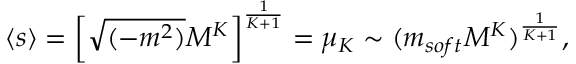
\langle s \rangle = \left[ \sqrt { ( - m ^ { 2 } ) } { \cal M } ^ { K } \right] ^ { \frac { 1 } { K + 1 } } = \mu _ { K } \sim ( m _ { s o f t } { \cal M } ^ { K } ) ^ { \frac { 1 } { K + 1 } } ,